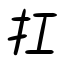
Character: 扛